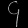
Digit: ၄